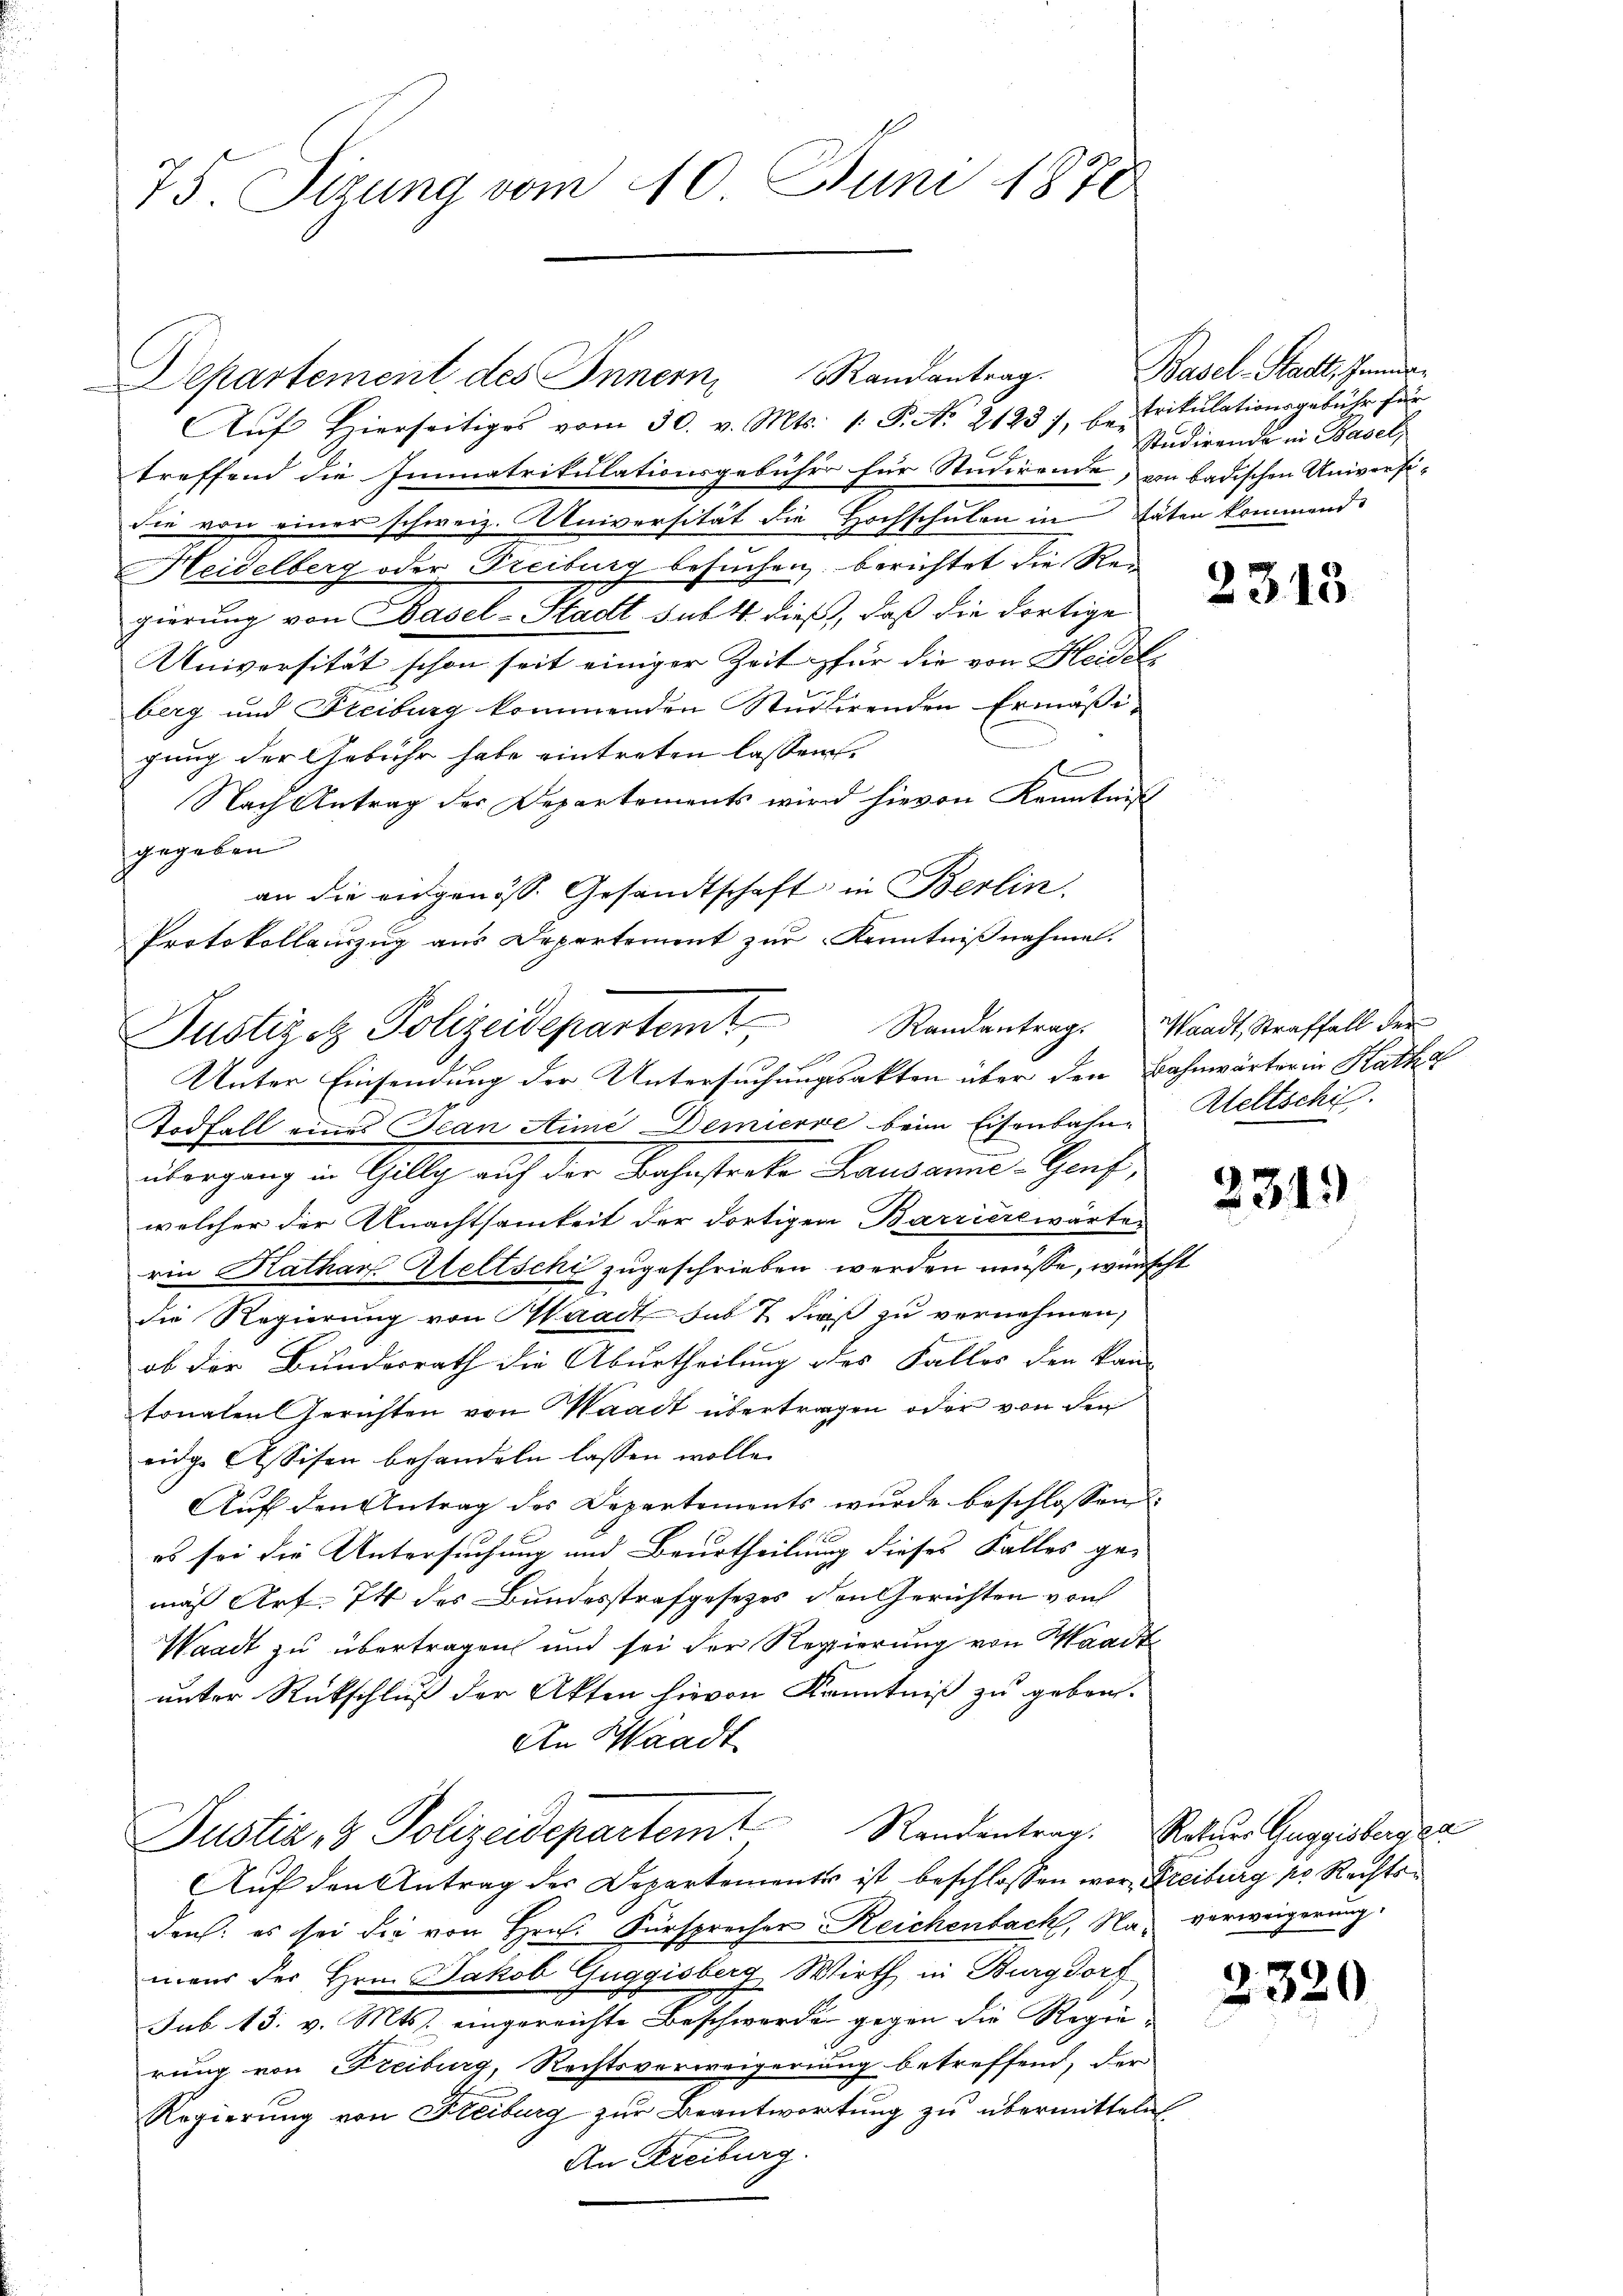
73. Sizung vom 10. Juni 1870

Aŭf Hierseitiges vom 30. v. Mts. 1. P. No 21237, betrikulationsgebühr für
treffend die Immatrikulationsgebühr für Studirende, von badischen Universi-
die von einer schweiz. Universität die Hochschulen in täten kommend
Heidelberg oder Freiburg besuchen, berichtet die Regierung von Basel-Stadt sub 4 dieß, daß die dortige
Universität schon seit einiger Zeit für die von Heidels
berg und Freiburg kommenden Studirenden Ermäßigung der Gebühr habe eintreten lassen.
Nach Antrag der Departements wird hievon Kenntniß
gegeben
an die eidgenöss. Gesandtschaft in Berlin,
Protokollauszug aus Departement zur Kenntnißnahme.
Todfall eines Jean Stime Demierre beim Eisenbahne Weltschi
übergang in Gilly auf der Bahnstreke Lausanne-Genf,
welcher der Anachtsamkeit der dortigen Barrierewärtes
rin Kathar Weltschi zugeschrieben werden müsse, wünscht
die Regierung von Waadt bis 7 dieß zu vernehmen,
ob der Bundesrath die Aburtheilung des Faller den kan-
sonalen Gerichten von Waadt übertragen oder von den
eidge Assisen behandeln lassen wolle.
Auf den Antrag des Departements wurde beschlossen:
es sei die Untersuchung und Beurtheilung dieses Falles gemäß Art. 74 des Bundesstrafgesezes den Gerichten von
Waadt zu übertragen und sei der Regierung von Waadt
unter Rückschluß der Akten hievon Kenntniß zu geben-
An Waadt

Justizot Polizeidepartemt, Randantrag. Waadt, Straffall der
.
Unter Einsendung der Untersuchungsakten über den Bahnwärter in Kathal

Departement des Innern Randantrag. Basel-Stadt, Inner¬

Justiz- & Polizeidepartem Randentrag. Rathes Guggisberg ge

Studirende in Hasel

Auf den Antrag der Departements ist beschlossen war, Freiburg pr. Rechtsden: es sei die von Hrn. Fürsprecher Reichenbach, Na verweigerung
mens des Hrn. Jakob Guggisberg, Wirth in Burgdorf
sub 13. v. Mts. eingereichte Beschwerde gegen die Regie-
rung von Freiburg, Rechtsverweigerung betreffend, der
Regierung von Fleiburg zur Beantwortung zu übermitteln
An Freiburg.

2313

231)

2320